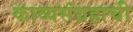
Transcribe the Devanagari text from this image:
काव्यसंग्रहाची